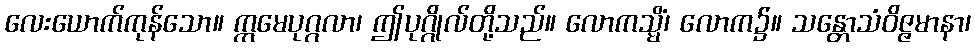
လေးယောက်ကုန်သော။ ဣမေပုဂ္ဂလာ၊ ဤပုဂ္ဂိုလ်တို့သည်။ လောကသ္မိံ၊ လောက၌။ သန္တောသံဝိဇ္ဇမာနာ၊